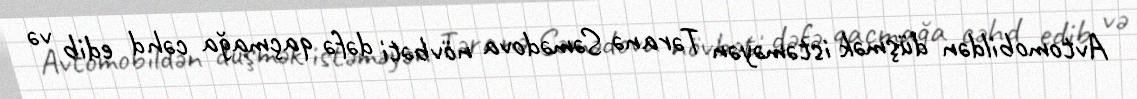
Avtomobildən düşmək istəməyən Təranə Səmədova növbəti dəfə qaçmağa cəhd edib və